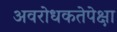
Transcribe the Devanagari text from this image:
अवरोधकतेपेक्षा